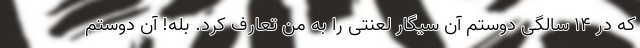
که در 14 سالگی دوستم آن سیگار لعنتی را به من تعارف کرد. بله! آن دوستم